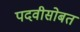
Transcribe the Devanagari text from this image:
पदवीसोबत